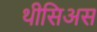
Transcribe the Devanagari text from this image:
थीसिअस